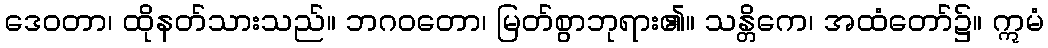
ဒေဝတာ၊ ထိုနတ်သားသည်။ ဘဂဝတော၊ မြတ်စွာဘုရား၏။ သန္တိကေ၊ အထံတော်၌။ ဣမံ